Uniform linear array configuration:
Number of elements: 8
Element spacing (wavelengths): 0.75
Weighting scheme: blackman
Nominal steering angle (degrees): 45
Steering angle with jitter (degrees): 44.282
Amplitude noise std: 0.05
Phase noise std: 0.05

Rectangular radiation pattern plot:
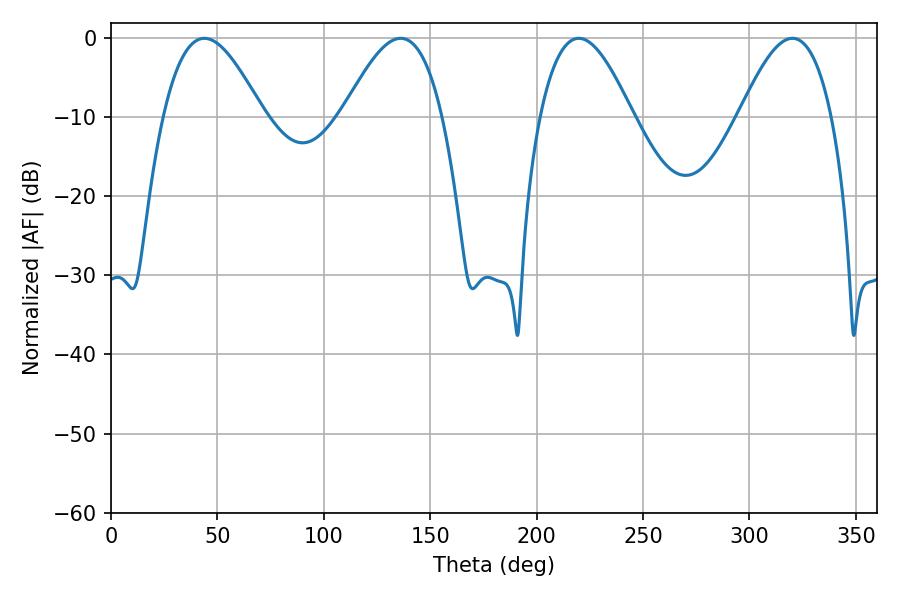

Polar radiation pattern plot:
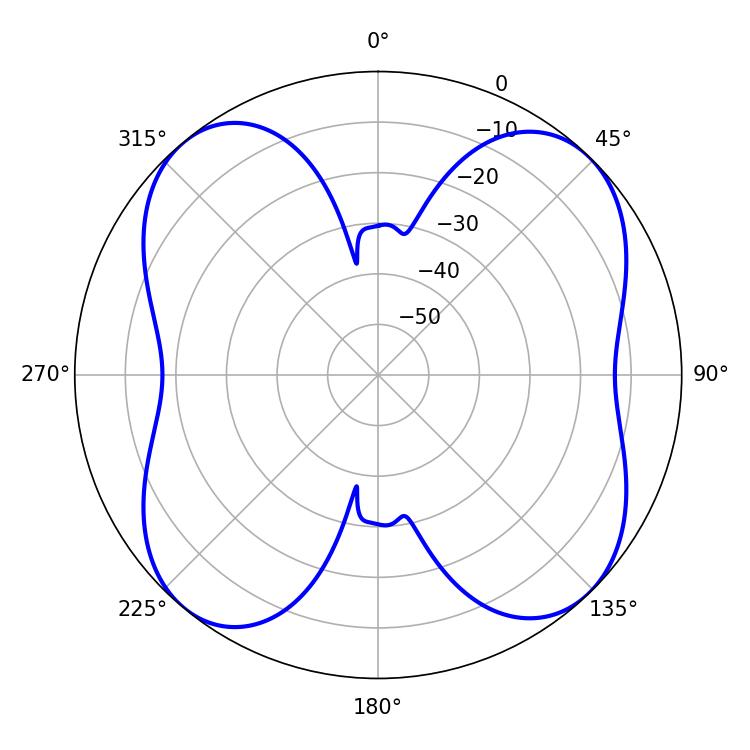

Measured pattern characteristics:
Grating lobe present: TRUE
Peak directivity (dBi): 12.778
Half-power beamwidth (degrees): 23.58
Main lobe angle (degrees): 219.78